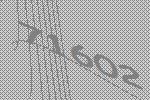
71602